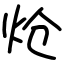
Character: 炝